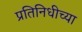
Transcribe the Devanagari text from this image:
प्रतिनिधीच्या